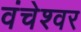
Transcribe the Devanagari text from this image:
वंचेश्वर